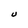
Character: U